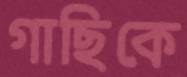
গাছিকে